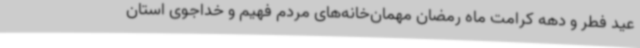
عید فطر و دهه کرامت ماه رمضان مهمان‌خانه‌های مردم فهیم و خداجوی استان